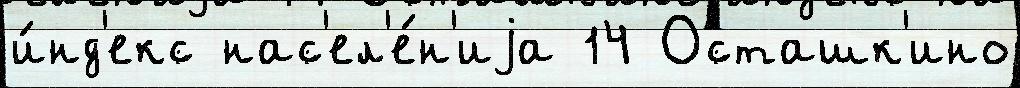
и́нд'екс нас'ел'е́н'иjа 14 Осташк'ино